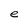
Character: e